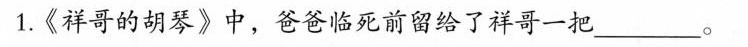
1.《祥哥的胡琴》中，爸爸临死前留给了祥哥一把___。